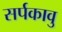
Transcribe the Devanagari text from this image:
सर्पकावु